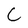
Character: C